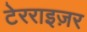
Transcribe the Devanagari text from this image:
टेरराइज़र